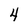
Character: 4